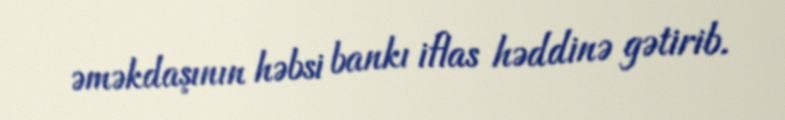
əməkdaşının həbsi bankı iflas həddinə gətirib.